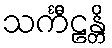
သင်္ကီဠန္တိ